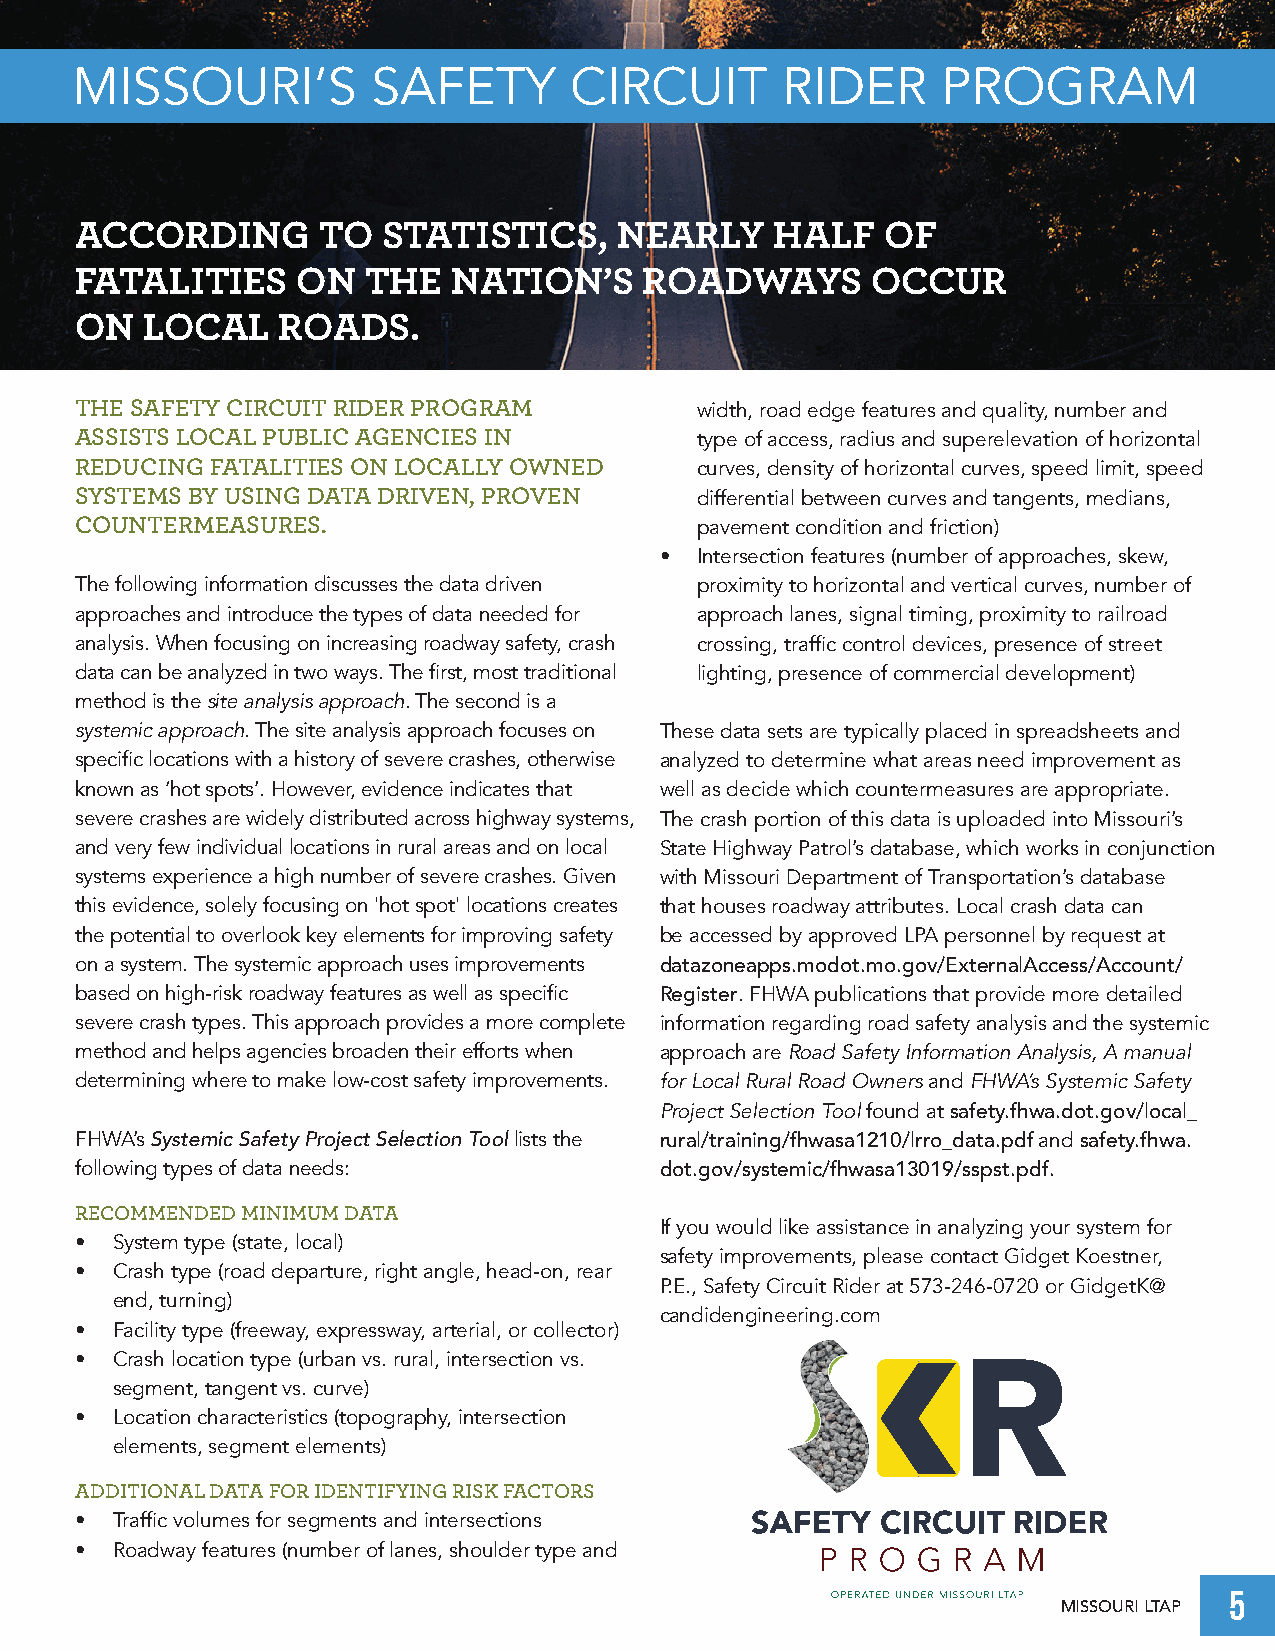
MISSOURI’S          SAFETY       CIRCUIT       RIDER     PROGRAM
 ACCORDING       TO  STATISTICS,     NEARLY    HALF    OF
 FATALITIES     ON  THE   NATION’S     ROADWAYS       OCCUR
 ON  LOCAL     ROADS.
 THE SAFETY CIRCUIT RIDER PROGRAM         width, road edge features and quality, number and
 ASSISTS LOCAL PUBLIC AGENCIES IN         type of access, radius and superelevation of horizontal
 REDUCING FATALITIES ON LOCALLY OWNED     curves, density of horizontal curves, speed limit, speed
 SYSTEMS BY USING DATA DRIVEN, PROVEN     differential between curves and tangents, medians,
 COUNTERMEASURES.                         pavement condition and friction)
 • Intersection features (number of approaches, skew,
 The following information discusses the data driven proximity to horizontal and vertical curves, number of
 approaches and introduce the types of data needed for approach lanes, signal timing, proximity to railroad
 analysis. When focusing on increasing roadway safety, crash crossing, traffic control devices, presence of street
 data can be analyzed in two ways. The first, most traditional lighting, presence of commercial development)
 method is the site analysis approach. The second is a
 systemic approach. The site analysis approach focuses on These data sets are typically placed in spreadsheets and
 specific locations with a history of severe crashes, otherwise analyzed to determine what areas need improvement as
 known as ‘hot spots’. However, evidence indicates that well as decide which countermeasures are appropriate.
 severe crashes are widely distributed across highway systems, The crash portion of this data is uploaded into Missouri’s
 and very few individual locations in rural areas and on local State Highway Patrol’s database, which works in conjunction
 systems experience a high number of severe crashes. Given with Missouri Department of Transportation’s database
 this evidence, solely focusing on 'hot spot' locations creates that houses roadway attributes. Local crash data can
 the potential to overlook key elements for improving safety be accessed by approved LPA personnel by request at
 on a system. The systemic approach uses improvements datazoneapps.modot.mo.gov/ExternalAccess/Account/
 based on high-risk roadway features as well as specific Register. FHWA publications that provide more detailed
 severe crash types. This approach provides a more complete information regarding road safety analysis and the systemic
 method and helps agencies broaden their efforts when approach are Road Safety Information Analysis, A manual
 determining where to make low-cost safety improvements. for Local Rural Road Owners and FHWA’s Systemic Safety
 Project Selection Tool found at safety.fhwa.dot.gov/local_
 FHWA’s Systemic Safety Project Selection Tool lists the rural/training/fhwasa1210/lrro_data.pdf and safety.fhwa.
 following types of data needs:         dot.gov/systemic/fhwasa13019/sspst.pdf.
 RECOMMENDED MINIMUM DATA
 If you would like assistance in analyzing your system for
 • System type (state, local)
 safety improvements, please contact Gidget Koestner,
 • Crash type (road departure, right angle, head-on, rear
 P.E., Safety Circuit Rider at 573-246-0720 or GidgetK@
 end, turning)
 candidengineering.com
 • Facility type (freeway, expressway, arterial, or collector)
 • Crash location type (urban vs. rural, intersection vs.
 segment, tangent vs. curve)
 • Location characteristics (topography, intersection
 elements, segment elements)
 ADDITIONAL DATA FOR IDENTIFYING RISK FACTORS
 • Traffic volumes for segments and intersections
 • Roadway features (number of lanes, shoulder type and
 5
 MISSOURI LTAP